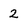
Character: 2